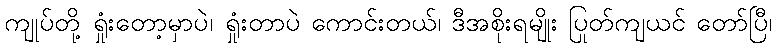
ကျုပ်တို့ ရှုံးတော့မှာပဲ၊ ရှုံးတာပဲ ကောင်းတယ်၊ ဒီအစိုးရမျိုး ပြုတ်ကျယင် တော်ပြီ၊